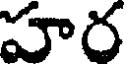
హర